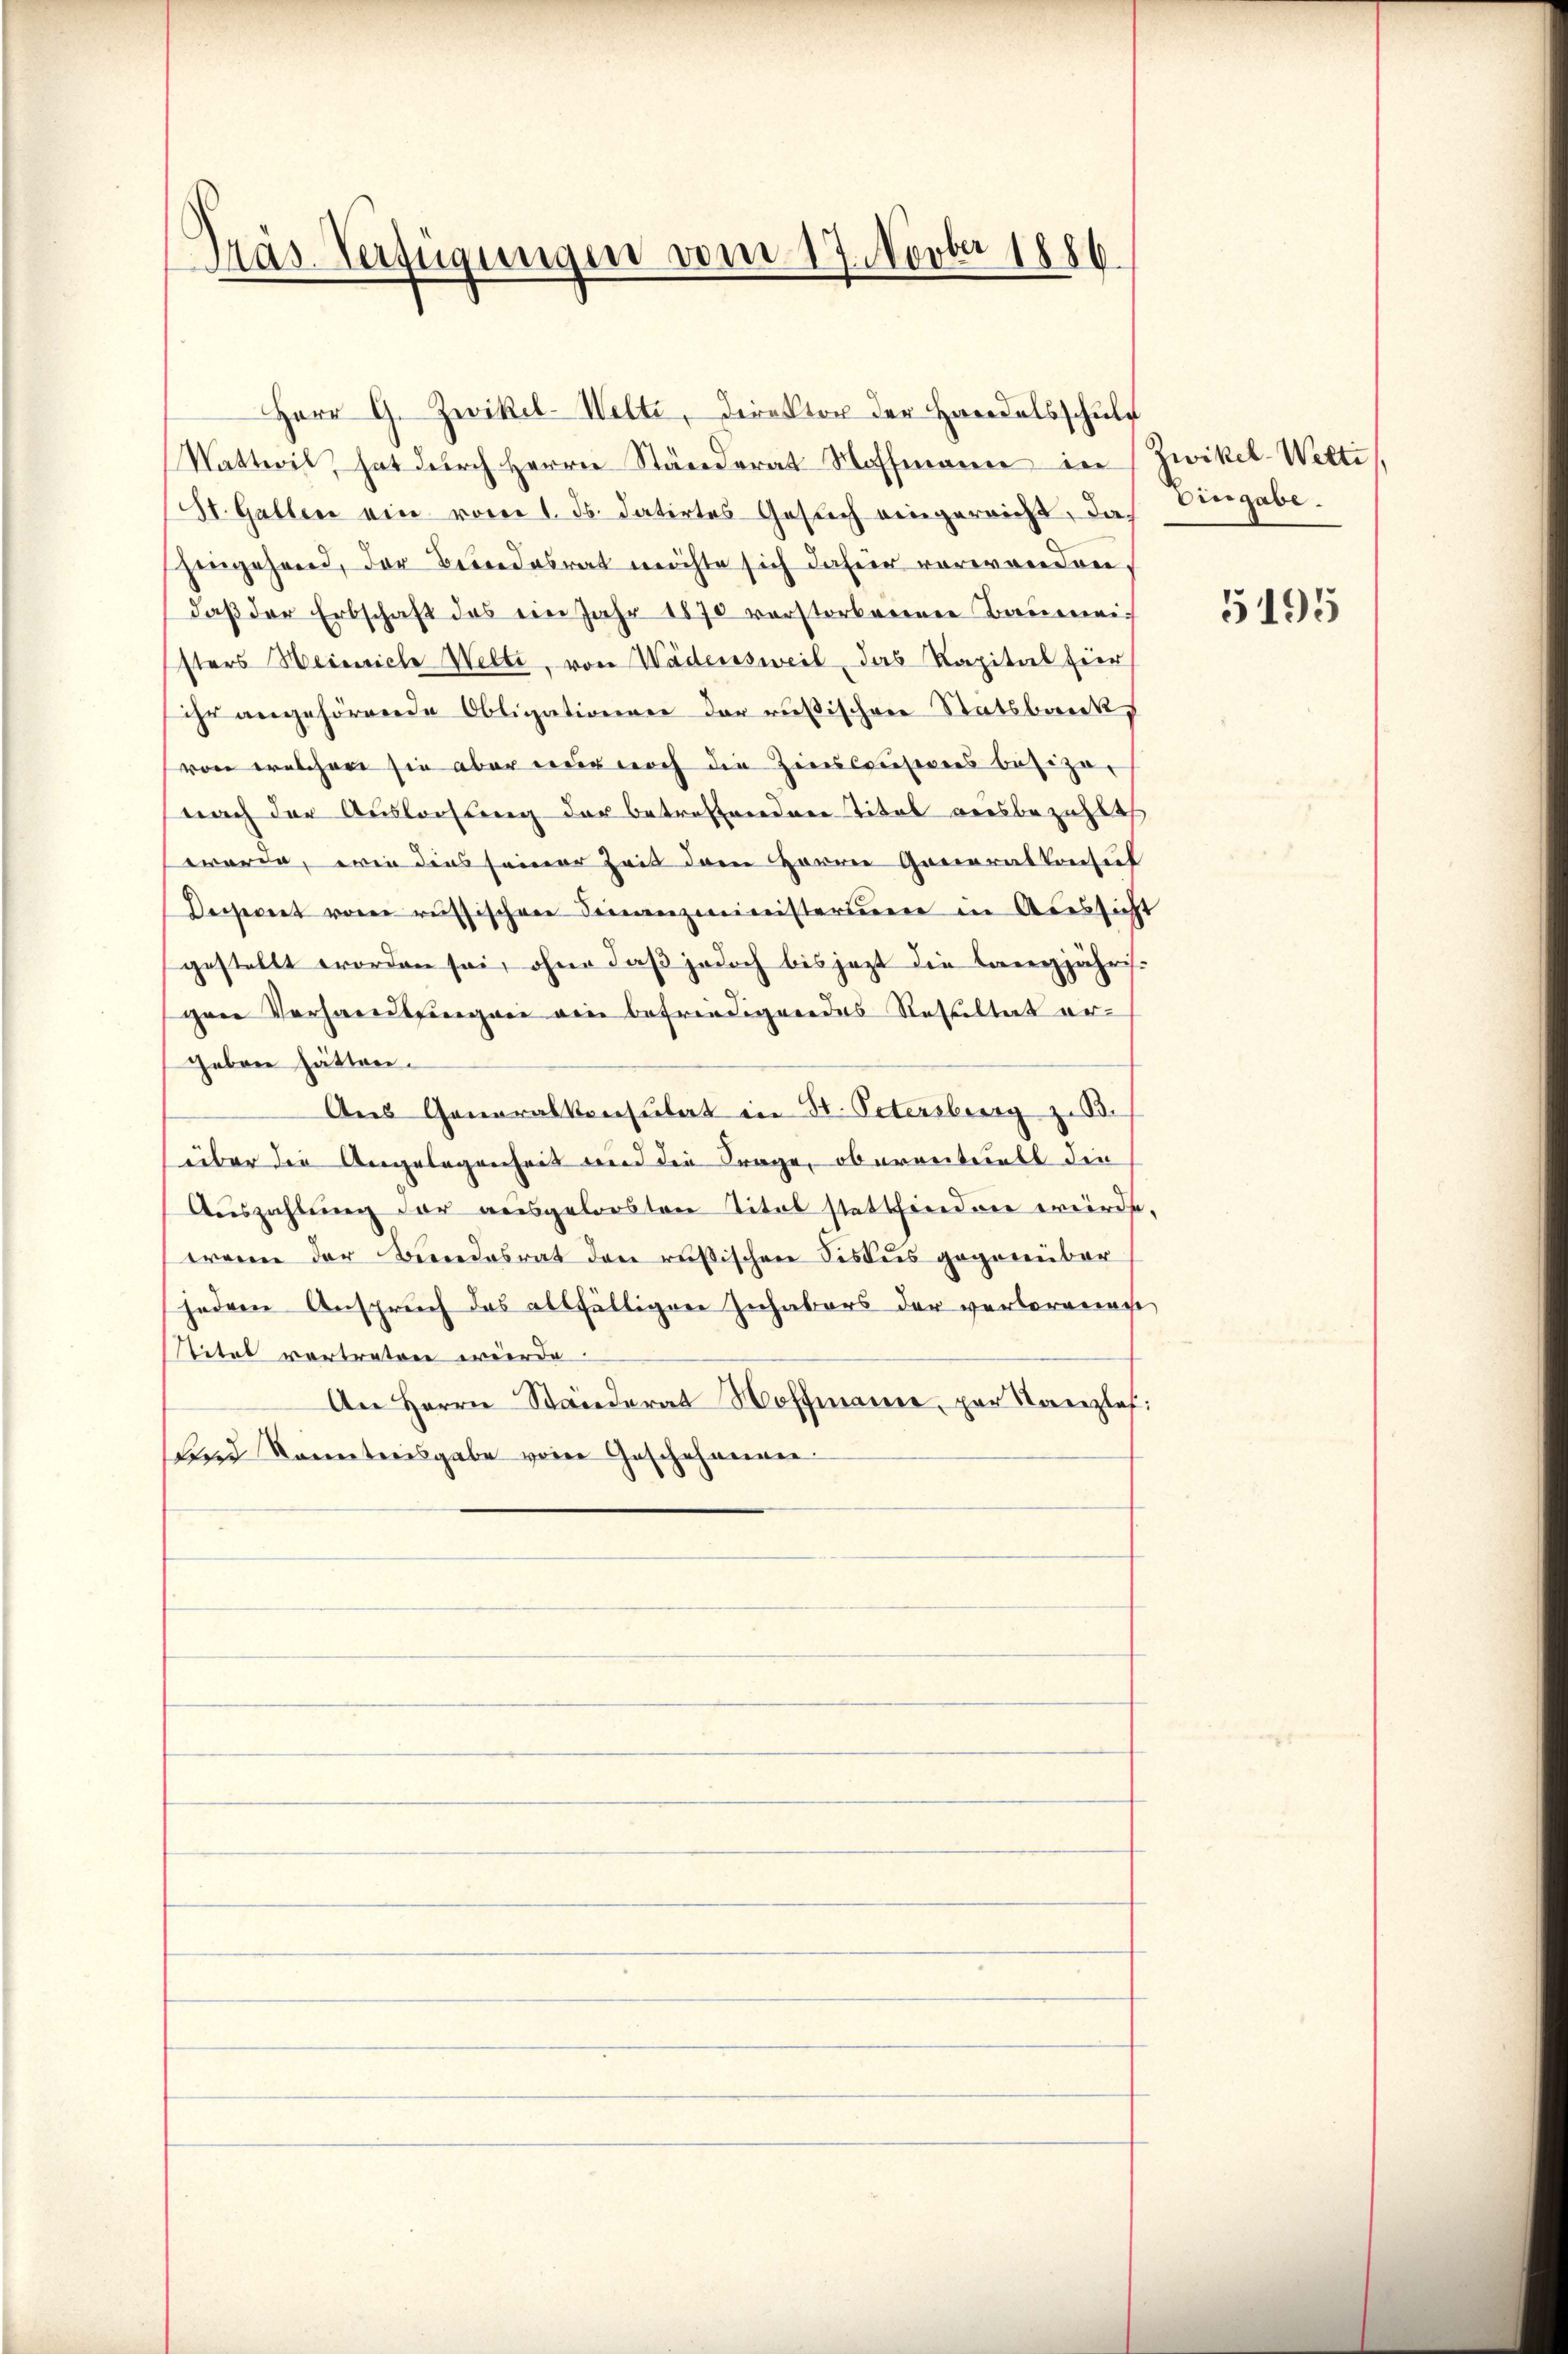
Gras Verfügungen vom 17. Novber 1886.

Watteil, hat dŭrch Herrn Ständerat Hoffmann in Zwikel-Welti
St. Gallen ein vom 1. ds. datirtes Gesuch eingereicht, das Vergabe.
hingehend, der Bundesrat möchte sich dahier verwanden.
daß der Erbschaft das ein Jahr 1870 verstorbenen Baumei
sters Heinriche Welte, von Wädensweil, das Kapital für
ihr angehörende Obligationen der rußischen Statsbank
von welcher sie aber nur noch die Zieleiserers besize-
(nach der Ausloosung der betreffendere Titel ausbezahlt
werde, wie dies seiner Zeit dem Herrn Generalkonsul
Desseret vom russischen Finanzministerium in Aussicht
gestellt worden sei, ohne daß jedoch bis jezt die langjährisgen Verhandlsingen ein befriedigendes Resultat ergeben hätten.
Aus Generalkonsulat in St. Petersburg z. B.
über die Angelegenheit und die Frage, oberenteilt die
Auszahlung der ausgeloosten Titel stattfinden wird,
wenn der Bundesrat den russischen Fiskus gegenüber
jedem Anspruch das allfälligen Inhabers der verlorena,
Titel vertreten würde.
An Herrn Ständerat Hoffmann, per Kanzlef:
Bind Kontreisgabe von Geschehenen

Herr G. Zwikel-Welti, Direktor der Handelsschuld

5195